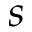
s